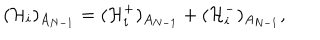
( \mathcal { H } _ { i } ) _ { A _ { N - 1 } } = ( \mathcal { H } _ { i } ^ { + } ) _ { A _ { N - 1 } } + ( \mathcal { H } _ { i } ^ { - } ) _ { A _ { N - 1 } } ,